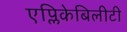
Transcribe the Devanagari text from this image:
एप्लिकेबिलीटी